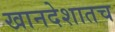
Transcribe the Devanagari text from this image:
खानदेशातच